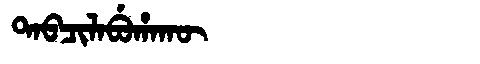
Manchu: ᡨᠠᠪᠴᡳᠯᠠᠪᡠᡥᠠᡴᡡ
Romanization: TABCILABUHAKŪ